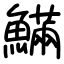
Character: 𩺴